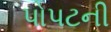
પોપટની